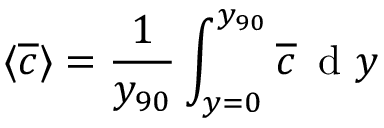
\langle \overline { { c } } \rangle = \frac { 1 } { y _ { 9 0 } } \int _ { y = 0 } ^ { y _ { 9 0 } } \overline { { c } } \, \mathrm { ~ d ~ } y